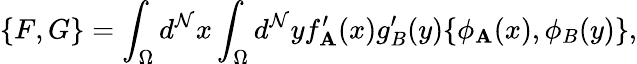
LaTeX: \{ F,G\} =\int_{\Omega}d^{\mathcal{N}}x\int_{\Omega}d^{\mathcal{N}}yf_{\mathbf{A}}^{\prime}(x)g_{B}^{\prime}(y)\{ \phi_{\mathbf{A}}(x),\phi_{B}(y)\} ,